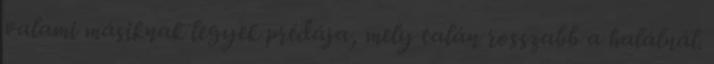
valami másiknak legyek prédája, mely talán rosszabb a halálnál.